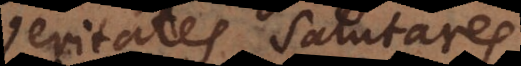
veritates salutares